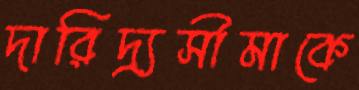
দারিদ্র্যসীমাকে